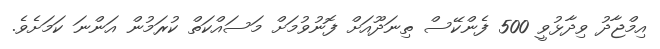
އިމްޖާދު ވިދާޅުވީ 500 ފެންކޭސް ތިނަދޫއަށް ފޮނުވުމަށް މަސައްކަތް ކުރަމުން އަންނަ ކަމަށެވެ.